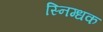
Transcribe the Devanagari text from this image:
स्निग्धक